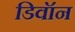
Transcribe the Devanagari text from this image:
डिवॉन